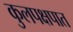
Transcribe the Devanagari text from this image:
कुलपक्षपात